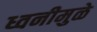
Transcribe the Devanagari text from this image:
ध्वनीमुळे